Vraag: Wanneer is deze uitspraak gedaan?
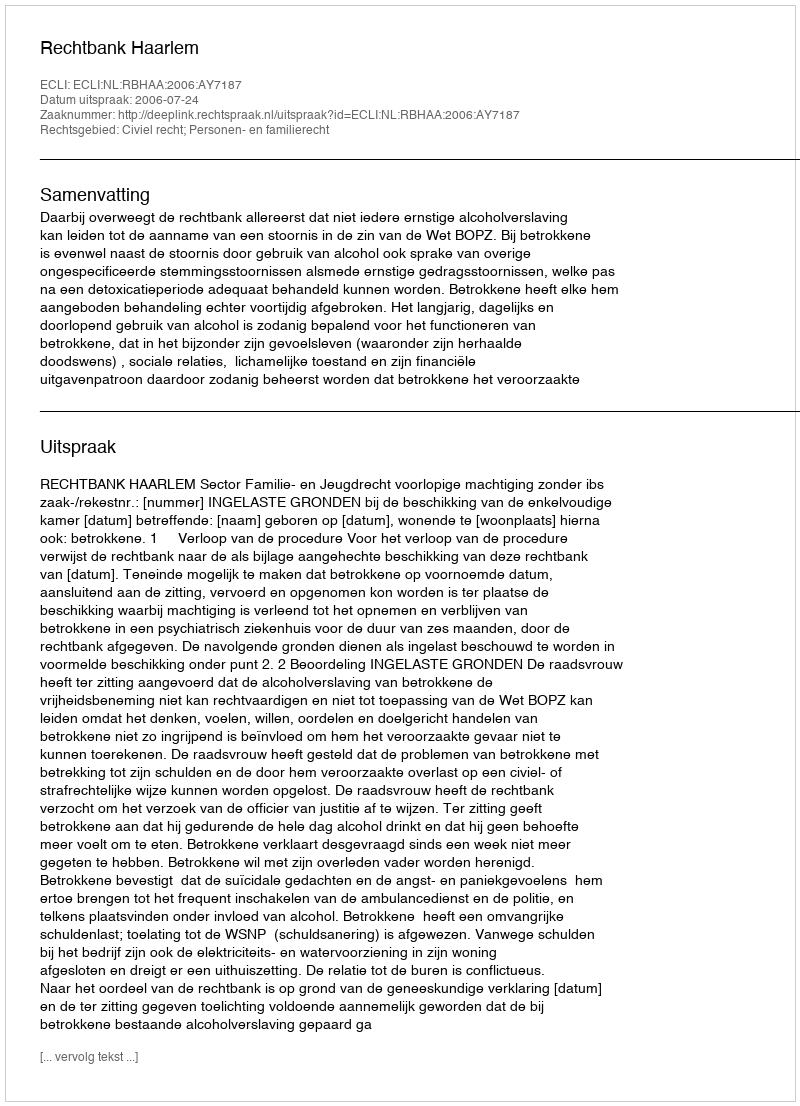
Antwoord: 2006-07-24